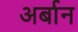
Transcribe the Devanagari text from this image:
अर्बान